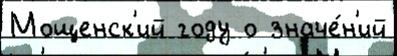
Мощенск'ий году о значе́н'ий